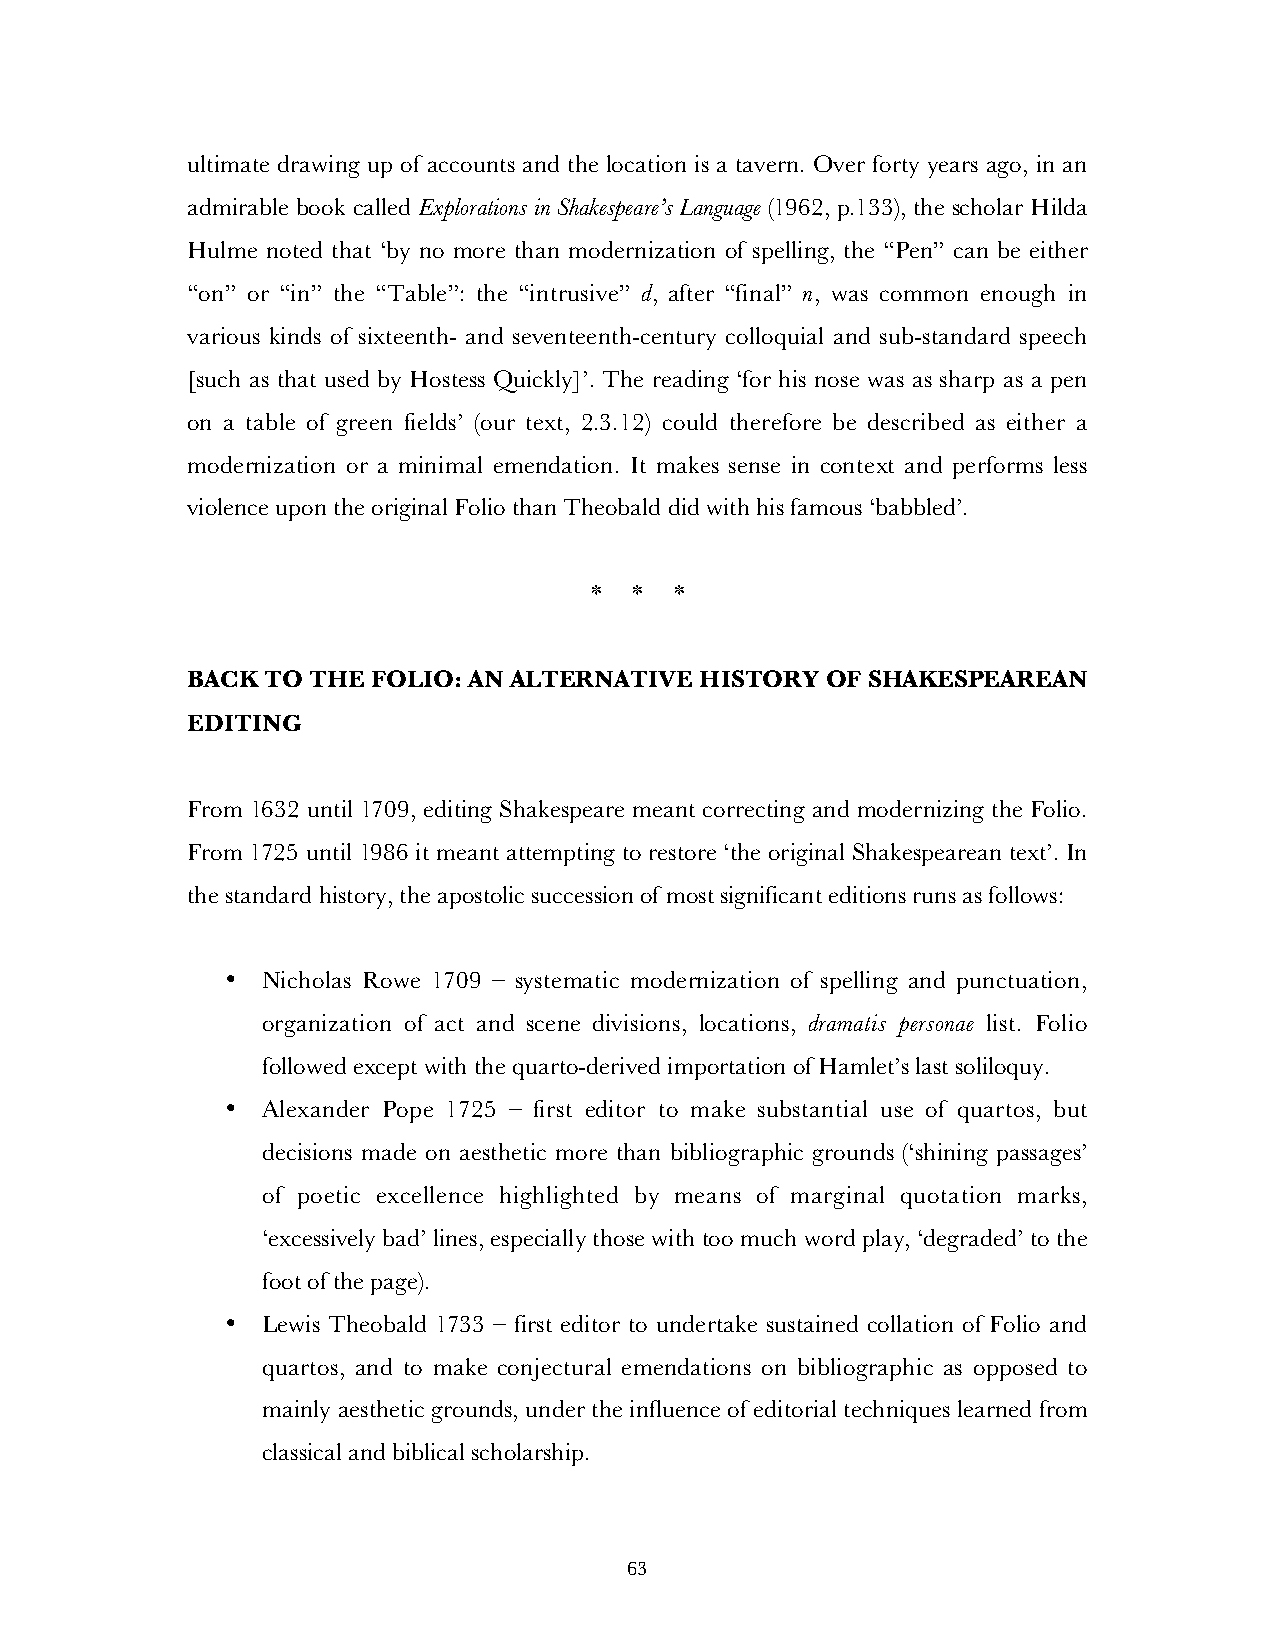
ultimate drawing up of accounts and the location is a tavern. Over forty years ago, in an
 admirable book called Explorations in Shakespeare’s Language (1962, p.133), the scholar Hilda
 Hulme noted that ‘by no more than modernization of spelling, the “Pen” can be either
 “on” or “in” the “Table”: the “intrusive” d, after “final” n, was common enough in
 various kinds of sixteenth- and seventeenth-century colloquial and sub-standard speech
 [such as that used by Hostess Quickly]’. The reading ‘for his nose was as sharp as a pen
 on a table of green fields’ (our text, 2.3.12) could therefore be described as either a
 modernization or a minimal emendation. It makes sense in context and performs less
 violence upon the original Folio than Theobald did with his famous ‘babbled’.
 *  *  *
 BACK TO THE  FOLIO: AN ALTERNATIVE HISTORY OF SHAKESPEAREAN
 EDITING
 From 1632 until 1709, editing Shakespeare meant correcting and modernizing the Folio.
 From 1725 until 1986 it meant attempting to restore ‘the original Shakespearean text’. In
 the standard history, the apostolic succession of most significant editions runs as follows:
 • Nicholas Rowe 1709 – systematic modernization of spelling and punctuation,
 organization of act and scene divisions, locations, dramatis personae list. Folio
 followed except with the quarto-derived importation of Hamlet’s last soliloquy.
 • Alexander Pope 1725 – first editor to make substantial use of quartos, but
 decisions made on aesthetic more than bibliographic grounds (‘shining passages’
 of poetic excellence highlighted by means of marginal quotation marks,
 ‘excessively bad’ lines, especially those with too much word play, ‘degraded’ to the
 foot of the page).
 • Lewis Theobald 1733 – first editor to undertake sustained collation of Folio and
 quartos, and to make conjectural emendations on bibliographic as opposed to
 mainly aesthetic grounds, under the influence of editorial techniques learned from
 classical and biblical scholarship.
 63